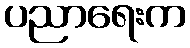
ပညာရေးက